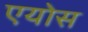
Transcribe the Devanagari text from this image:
एयोस